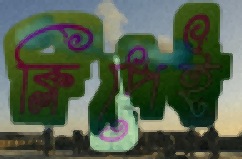
ক্লিপেই